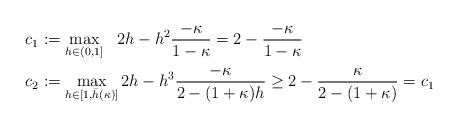
\begin{align*} &c_1 := \max_{h\in(0,1]} \,\,\,\, 2 h - h^2 \frac{-\kappa}{1-\kappa} = 2 - \frac{-\kappa}{1-\kappa} \\ &c_2 := \max_{h\in[1,\bar{h}(\kappa)]} 2 h - h^3 \frac{-\kappa}{2-(1+\kappa)h} \geq 2 - \frac{\kappa}{2-(1+\kappa)} = c_1\end{align*}